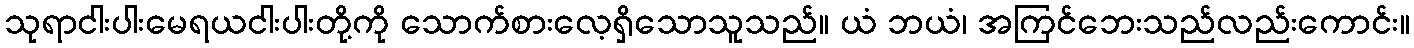
သုရာငါးပါးမေရယငါးပါးတို့ကို သောက်စားလေ့ရှိသောသူသည်။ ယံ ဘယံ၊ အကြင်ဘေးသည်လည်းကောင်း။